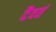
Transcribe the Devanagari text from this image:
दैवतं